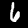
Label: 6